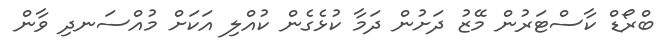
ބްރޯޑް ކާސްޓަރުން މޭޒު ދަށުން ދަމާ ކުޅެގެން ކުއްލި އަކަށް މުއްސަނދި ވާން